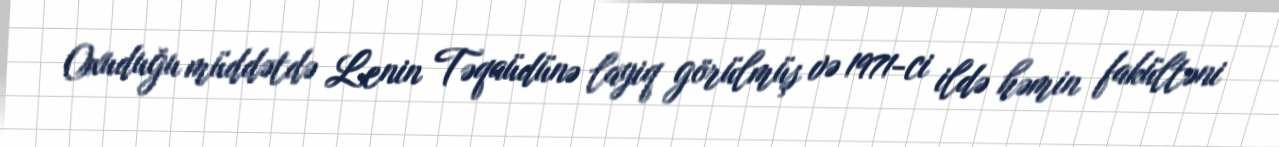
Oxuduğu müddətdə Lenin Təqaüdünə layiq görülmüş və 1971-ci ildə həmin fakültəni